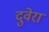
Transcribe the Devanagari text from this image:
दुवेरा